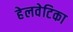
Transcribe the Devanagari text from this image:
हेलवेटिका